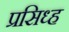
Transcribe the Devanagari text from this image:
प्रसिध्ह